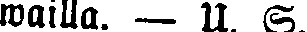
wailla. — U. S.